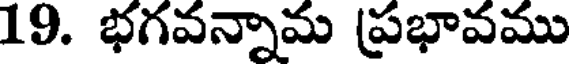
19. భగవన్నామ (ప్రభావము